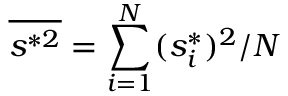
\overline { { s ^ { * 2 } } } = \sum _ { i = 1 } ^ { N } ( s _ { i } ^ { * } ) ^ { 2 } / N